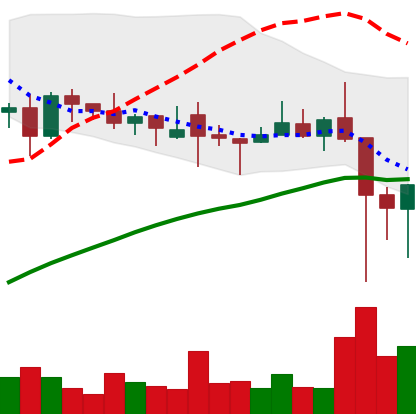
Ticker: XLM-USD
Chart end date: 2021-12-06
Forward return: -7.227%
Label: down_7plus